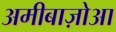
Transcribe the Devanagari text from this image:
अमीबाज़ोआ